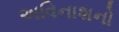
અવિનાશનો